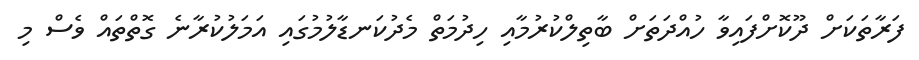
ފަރާތަކަށް ދޫކޮށްފައިވާ ހުއްދަތަށް ބާތިލްކުރުމާއި ހިދުމަތް މެދުކަނޑާލުމުގައި އަމަލުކުރާނެ ގޮތްތައް ވެސް މި